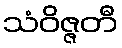
သံဝိဇ္ဇတီ